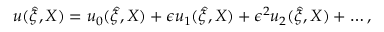
\begin{array} { r } { u ( \hat { \xi } , X ) = u _ { 0 } ( \hat { \xi } , X ) + \epsilon u _ { 1 } ( \hat { \xi } , X ) + \epsilon ^ { 2 } u _ { 2 } ( \hat { \xi } , X ) + \dots , } \end{array}